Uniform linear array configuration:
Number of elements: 16
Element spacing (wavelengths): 0.75
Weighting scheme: kaiser
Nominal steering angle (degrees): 60
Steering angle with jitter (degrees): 58.692
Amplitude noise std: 0.05
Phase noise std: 0.05

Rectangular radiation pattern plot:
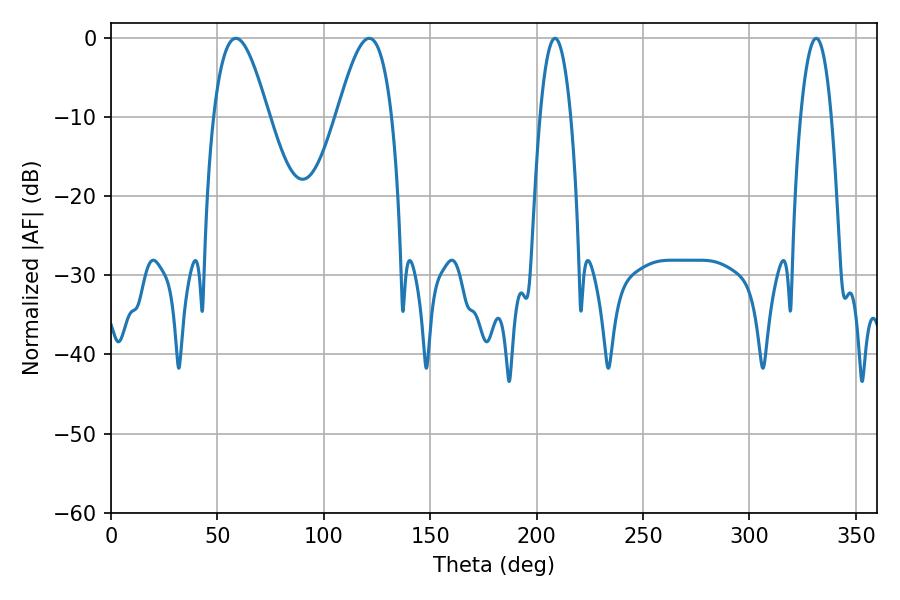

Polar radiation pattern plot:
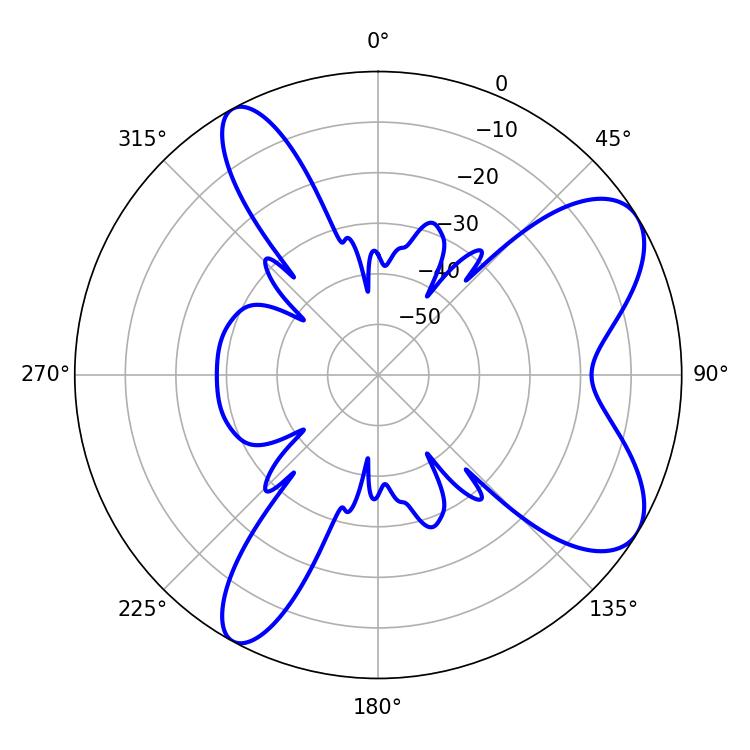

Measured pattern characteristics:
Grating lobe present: TRUE
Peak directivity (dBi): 7.928
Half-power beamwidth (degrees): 14.04
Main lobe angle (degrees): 58.68